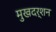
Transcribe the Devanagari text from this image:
मुखदर्शन